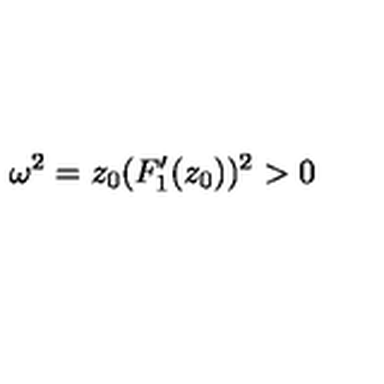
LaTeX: \omega ^ { 2 } = z _ { 0 } ( F _ { 1 } ^ { \prime } ( z _ { 0 } ) ) ^ { 2 } > 0